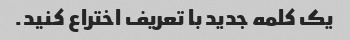
یک کلمه جدید با تعریف اختراع کنید.